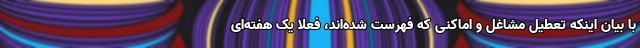
با بیان اینکه تعطیل مشاغل و اماکنی که فهرست شده‌اند، فعلا یک هفته‌ای